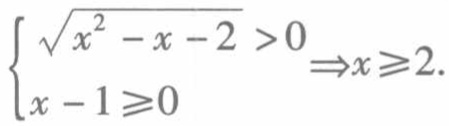
$\left\{\begin{array}{l}  \sqrt {x^{2}-x - 2}>0\\ x - 1\geqslant0\end{array}\right.  \Rightarrow x\geqslant2.$